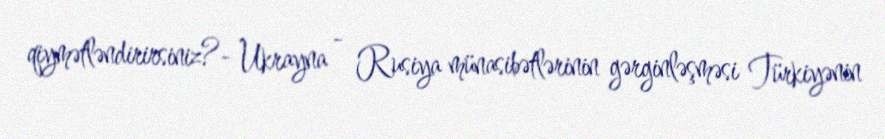
qiymətləndirirsiniz?- Ukrayna - Rusiya münasibətlərinin gərginləşməsi Türkiyənin